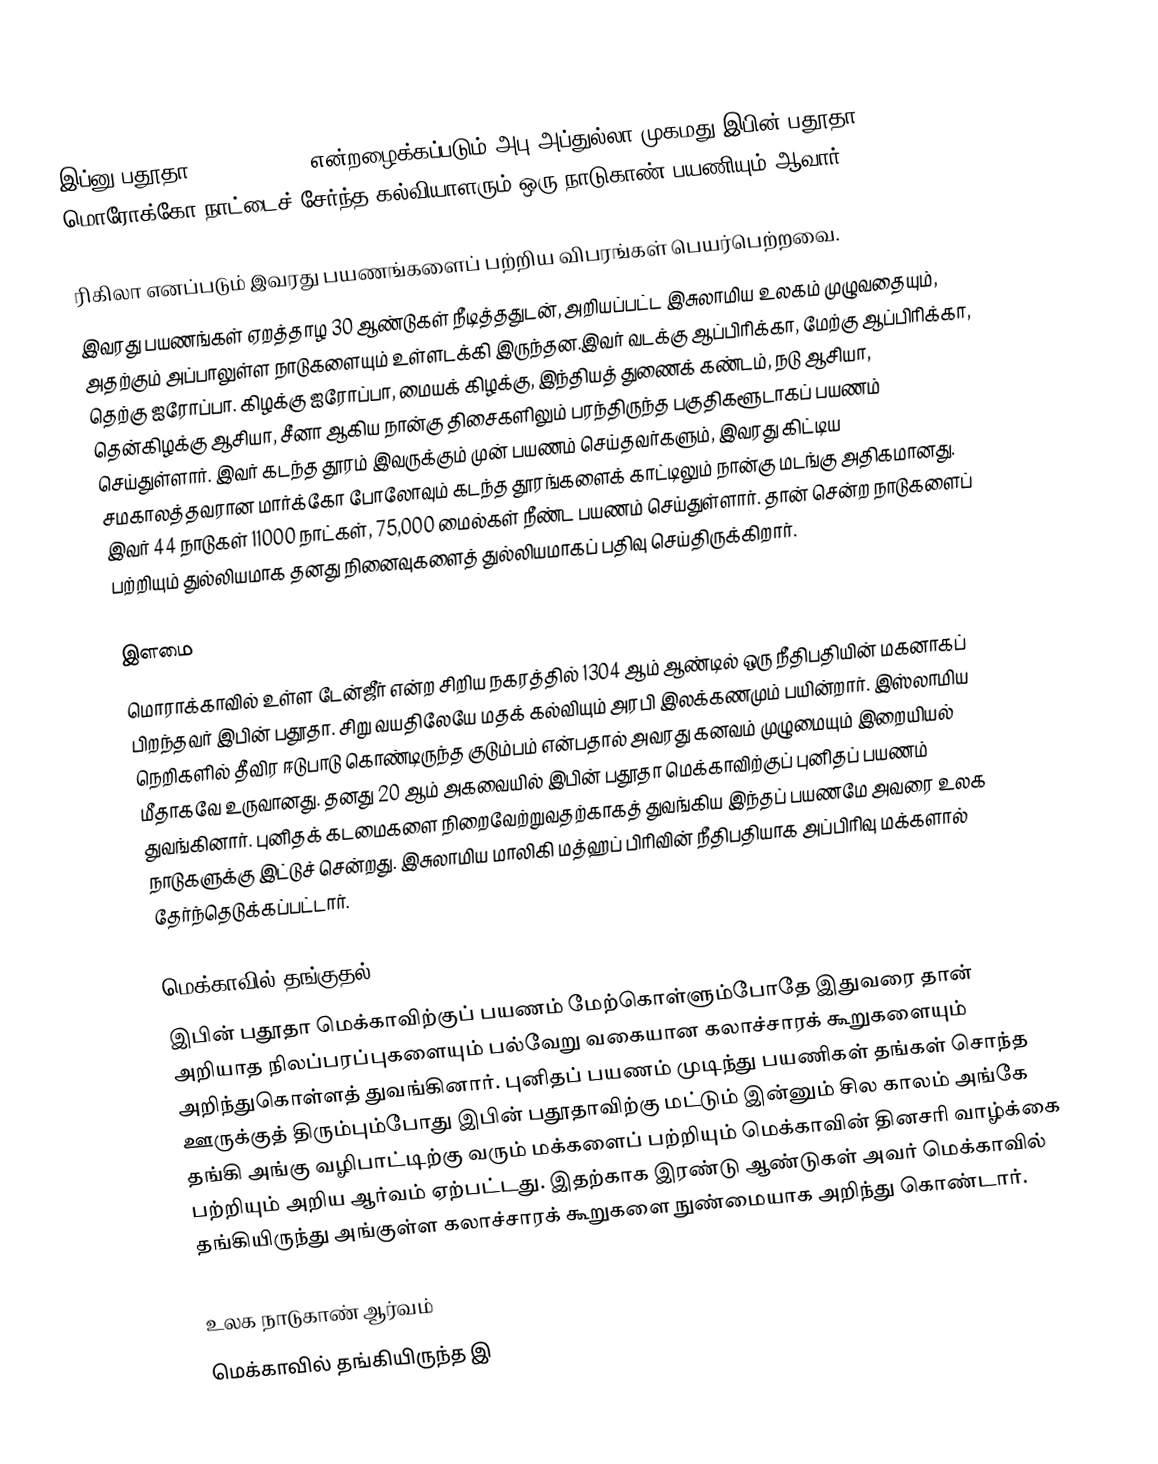
இப்னு பதூதா (Ibn Battuta) என்றழைக்கப்படும் அபு அப்துல்லா முகமது இபின் பதூதா மொரோக்கோ நாட்டைச் சேர்ந்த கல்வியாளரும் ஒரு நாடுகாண் பயணியும் ஆவார்.

ரிகிலா எனப்படும் இவரது பயணங்களைப் பற்றிய விபரங்கள் பெயர்பெற்றவை.
இவரது பயணங்கள் ஏறத்தாழ 30 ஆண்டுகள் நீடித்ததுடன், அறியப்பட்ட இசுலாமிய உலகம் முழுவதையும், அதற்கும் அப்பாலுள்ள நாடுகளையும் உள்ளடக்கி இருந்தன.இவர் வடக்கு ஆப்பிரிக்கா, மேற்கு ஆப்பிரிக்கா, தெற்கு ஐரோப்பா. கிழக்கு ஐரோப்பா, மையக் கிழக்கு, இந்தியத் துணைக் கண்டம், நடு ஆசியா, தென்கிழக்கு ஆசியா, சீனா ஆகிய நான்கு திசைகளிலும் பரந்திருந்த பகுதிகளூடாகப் பயணம் செய்துள்ளார். இவர் கடந்த தூரம் இவருக்கும் முன் பயணம் செய்தவர்களும், இவரது கிட்டிய சமகாலத்தவரான மார்க்கோ போலோவும் கடந்த தூரங்களைக் காட்டிலும் நான்கு மடங்கு அதிகமானது. இவர் 44 நாடுகள் 11000 நாட்கள், 75,000 மைல்கள் நீண்ட பயணம் செய்துள்ளார். தான் சென்ற நாடுகளைப் பற்றியும் துல்லியமாக தனது நினைவுகளைத் துல்லியமாகப் பதிவு செய்திருக்கிறார்.

இளமை
மொராக்காவில் உள்ள டேன்ஜீர் என்ற சிறிய நகரத்தில் 1304 ஆம் ஆண்டில் ஒரு நீதிபதியின் மகனாகப் பிறந்தவர் இபின் பதூதா. சிறு வயதிலேயே மதக் கல்வியும் அரபி இலக்கணமும் பயின்றார்.  இஸ்லாமிய நெறிகளில் தீவிர ஈடுபாடு கொண்டிருந்த குடும்பம் என்பதால் அவரது கனவம் முழுமையும் இறையியல் மீதாகவே உருவானது. தனது 20 ஆம் அகவையில் இபின் பதூதா மெக்காவிற்குப் புனிதப் பயணம் துவங்கினார். புனிதக் கடமைகளை நிறைவேற்றுவதற்காகத் துவங்கிய இந்தப் பயணமே அவரை உலக நாடுகளுக்கு இட்டுச் சென்றது. இசுலாமிய மாலிகி மத்ஹப் பிரிவின் நீதிபதியாக அப்பிரிவு மக்களால் தேர்ந்தெடுக்கப்பட்டார்.

மெக்காவில் தங்குதல்
இபின் பதூதா மெக்காவிற்குப் பயணம் மேற்கொள்ளும்போதே இதுவரை தான் அறியாத நிலப்பரப்புகளையும் பல்வேறு வகையான கலாச்சாரக் கூறுகளையும் அறிந்துகொள்ளத் துவங்கினார். புனிதப் பயணம் முடிந்து பயணிகள் தங்கள் சொந்த ஊருக்குத் திரும்பும்போது இபின் பதூதாவிற்கு மட்டும் இன்னும் சில காலம் அங்கே தங்கி அங்கு வழிபாட்டிற்கு வரும் மக்களைப் பற்றியும் மெக்காவின் தினசரி வாழ்க்கை பற்றியும் அறிய ஆர்வம் ஏற்பட்டது. இதற்காக இரண்டு ஆண்டுகள் அவர் மெக்காவில் தங்கியிருந்து அங்குள்ள கலாச்சாரக் கூறுகளை நுண்மையாக அறிந்து கொண்டார்.

உலக நாடுகாண் ஆர்வம்
மெக்காவில் தங்கியிருந்த இ